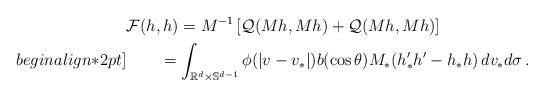
LaTeX: \begin{align*}&\displaystyle\mathcal F(h,h)=M^{-1}\left[\mathcal Q(Mh,Mh)+\mathcal Q(Mh,Mh)\right] \\begin{align*}2pt]&\displaystyle\qquad=\int_{\mathbb R^d\times\mathbb S^{d-1}}\phi(|v-v_{\ast}|)b(\cos\theta)M_{\ast}(h_{\ast}^{\prime}h^{\prime}-h_{\ast}h)\, dv_{\ast}d\sigma\,.\end{align*}